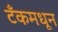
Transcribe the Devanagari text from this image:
टँकमधून